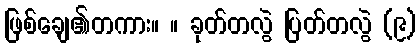
ဖြစ်ချေ၏တကား။ ။ ခုတ်တလွဲ ပြတ်တလွဲ (၉)